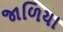
જાળિયા